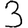
Digit: 3